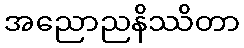
အညောညနိဿိတာ